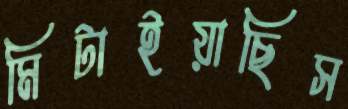
মিটাইয়াছিস